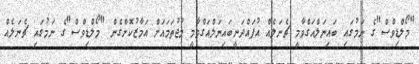
"މޯލްޑިވްސް"ގެ ނަމުގައި ބައިނަލްއަގްވާމީ ޗެނަލެއް އުފައްދަނީބައިނަލްއަގްވާމީ މުޖުތަމައަށް އަމާޒުކޮށްގެން "މޯލްޑިވްސް"ގެ ނަމުގައި ޗެނަލެއް